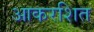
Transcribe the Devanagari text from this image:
आकरशित